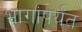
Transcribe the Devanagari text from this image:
भागांपर्यंत